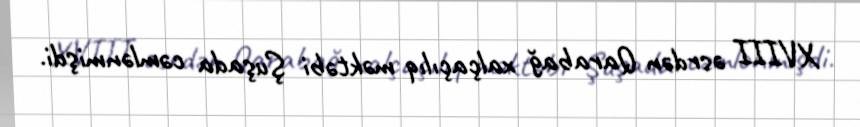
XVIII əsrdən Qarabağ xalçaçılıq məktəbi Şuşada cəmlənmişdi.